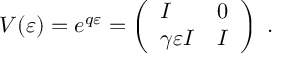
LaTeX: V ( \varepsilon ) = e ^ { q \varepsilon } = \left( \begin{array} { l l } { { I } } & { { 0 } } \\ { { \gamma \varepsilon I } } & { { I } } \end{array} \right) ~ .